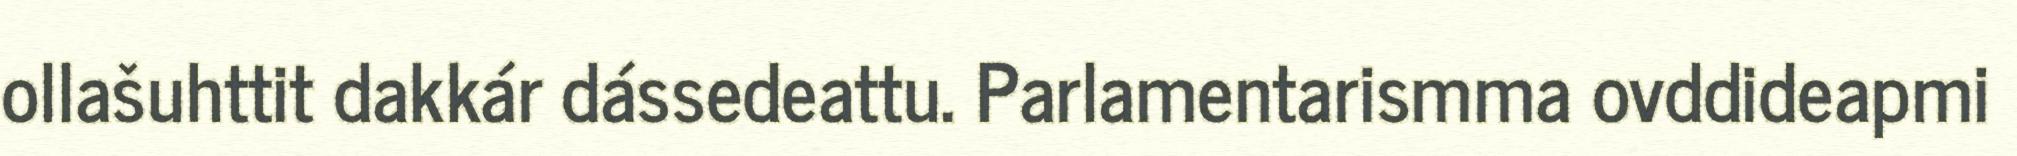
ollašuhttit dakkár dássedeattu. Parlamentarismma ovddideapmi